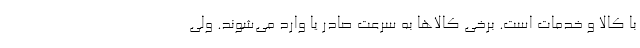
با کالا و خدمات است. برخی کالاها به سرعت صادر یا وارد می‌شوند. ولی